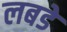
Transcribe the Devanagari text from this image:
लबडे